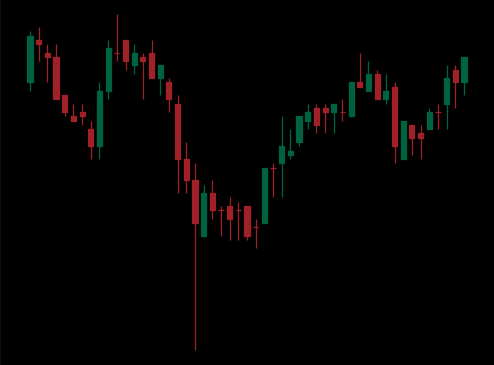
Pattern: inverse_head_shoulders